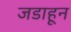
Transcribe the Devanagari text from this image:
जडाहून